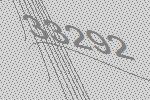
33292